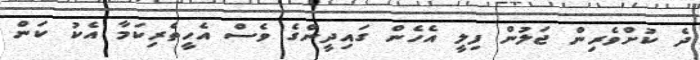
ދެ ކުށްވެރިން ޖަލުން ފިލީ އެހެން ގައިދީންގެ ވެސް އެހީތެރިކަމާ އެކު ކަން